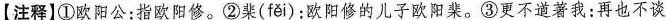
【注释】①欧阳公：指欧阳修。②棐( fěi )：欧阳修的儿子欧阳棐来。③更不道著我：再也不谈